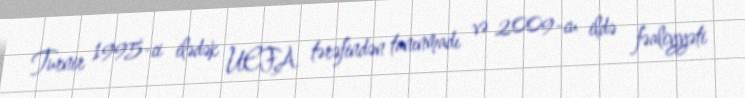
Turnir 1995-ci ilədək UEFA tərəfindən tanınmadı və 2009-cu ildə fəaliyyəti